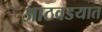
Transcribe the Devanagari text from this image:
आठवडयात